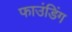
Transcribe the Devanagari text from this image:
फाउंडिंग